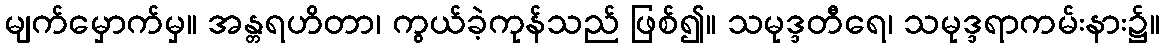
မျက်မှောက်မှ။ အန္တရဟိတာ၊ ကွယ်ခဲ့ကုန်သည် ဖြစ်၍။ သမုဒ္ဒတီရေ၊ သမုဒ္ဒရာကမ်းနား၌။